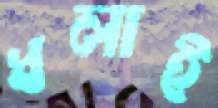
ধলাই